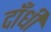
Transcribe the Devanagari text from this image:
दाँधी